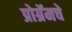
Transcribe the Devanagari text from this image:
प्रोग्रॅमचे